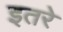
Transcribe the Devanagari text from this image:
इतरे